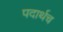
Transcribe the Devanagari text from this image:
पदार्थच